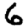
Digit: 6